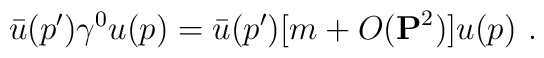
\bar u(p') \gamma^0 u(p)  = \bar u(p') [ m + O({\bf P}^2) ] u(p) \,\, .